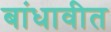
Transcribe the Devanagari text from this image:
बांधावीत